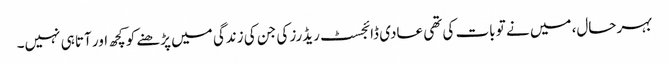
بہرحال، میں نے تو بات کی تھی عادی ڈائجسٹ ریڈرز کی جن کی زندگی میں پڑھنے کو کچھ اور آتا ہی نہیں۔